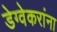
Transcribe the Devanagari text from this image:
डेग्वेकरांना